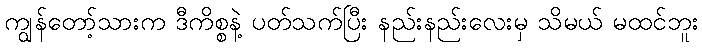
ကျွန်တော့်သားက ဒီကိစ္စနဲ့ ပတ်သက်ပြီး နည်းနည်းလေးမှ သိမယ် မထင်ဘူး